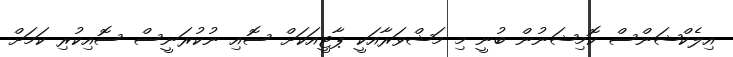
އިލެކްޝަންސް ކޮމިޝަނުން ބުނީ މި މަޝްވަރާއަކީ ޕާޓީއަކަށް ސޮއި ނުކުރަނީސް ސޮއިކުރި ކަމަށް